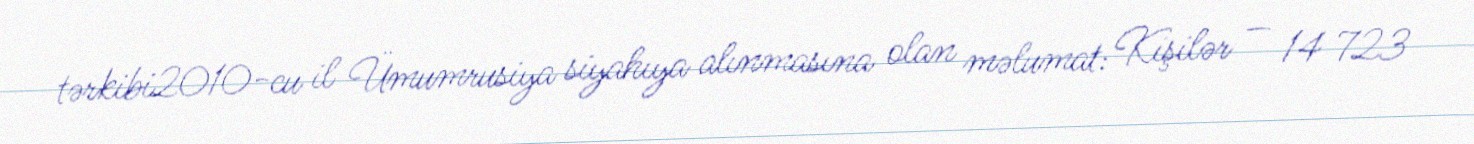
tərkibi2010-cu il Ümumrusiya siyahıya alınmasına olan məlumat: Kişilər — 14 723